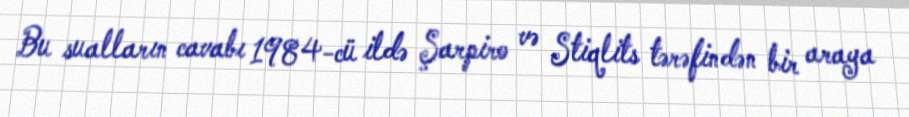
Bu sualların cavabı 1984-cü ildə Şarpiro və Stiqlits tərəfindən bir araya